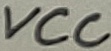
Text: VCC